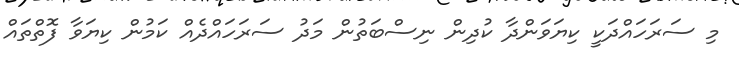
މި ސަރަހައްދަކީ ކިޔަވަންދާ ކުދިން ނިސްބަތުން މަދު ސަރަހައްދެއް ކަމުން ކިޔަވާ ފޮތްތައް